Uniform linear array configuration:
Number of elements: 48
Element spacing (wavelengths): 0.25
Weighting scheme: binomial
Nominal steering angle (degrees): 0
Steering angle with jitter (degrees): -0.05736
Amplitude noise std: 0.05
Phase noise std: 0.05

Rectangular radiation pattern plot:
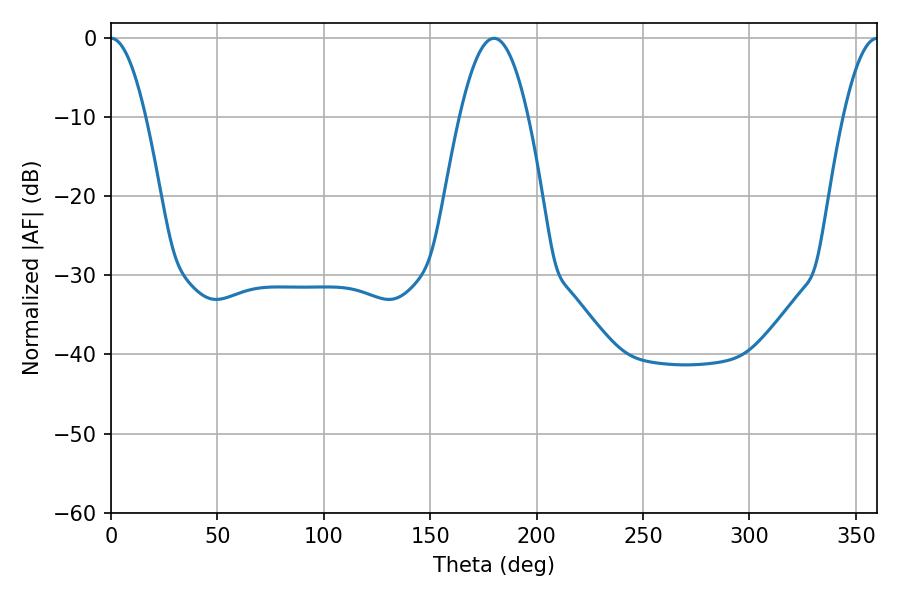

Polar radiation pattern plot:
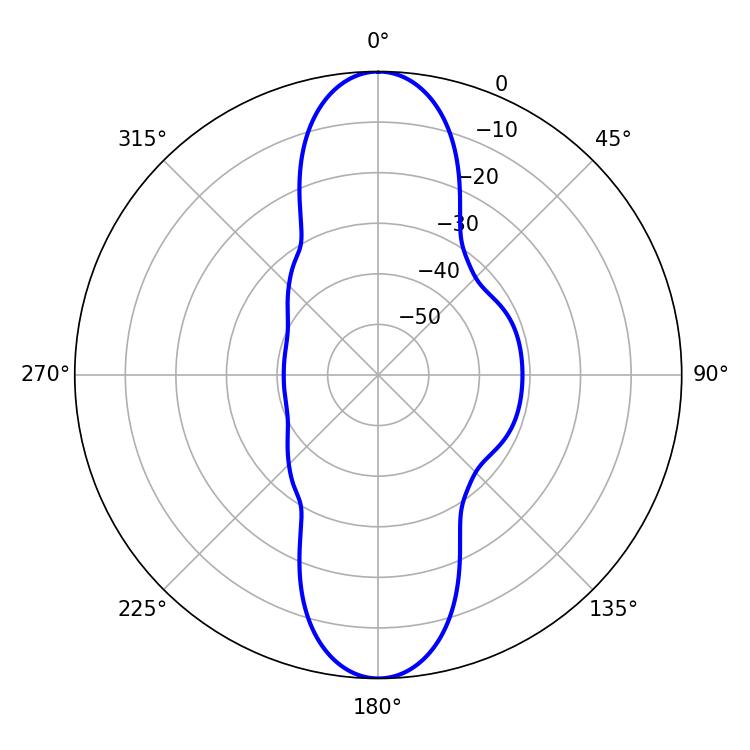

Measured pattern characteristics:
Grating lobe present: FALSE
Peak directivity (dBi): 29.6
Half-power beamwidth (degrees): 8.82
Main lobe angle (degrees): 0